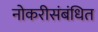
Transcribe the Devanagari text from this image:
नोकरीसंबंधित